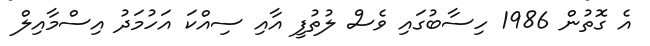
އެ ގޮތުން 1986 ހިސާބުގައި ވެސް ލުތުފީ އާއި ސިއްކަ އަހުމަދު އިސްމާއިލް